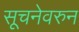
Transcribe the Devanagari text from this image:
सूचनेवरुन